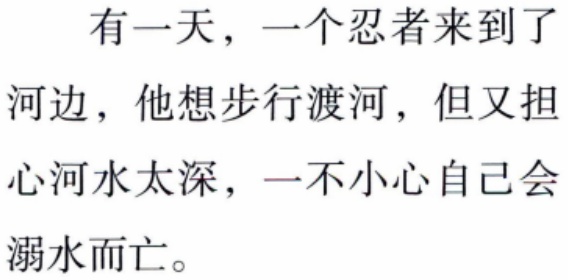
有一天，一个忍者来到了河边，他想步行渡河，但又担心河水太深，一不小心自己会溺水而亡。